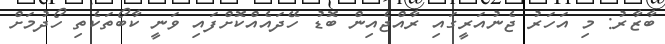
ބާޒާރު: މި އަހަރު ޖެނުއަރީގައި ރާއްޖެއިން ބޮޑު ހޭދައެއްކޮށްފައި ވަނީ ކާބޯތަކެތި ހޯދުމަށް